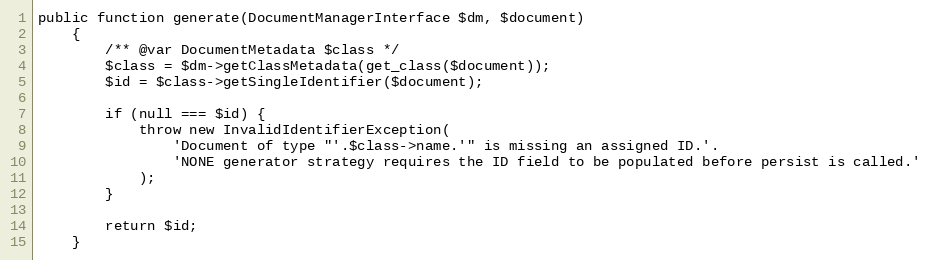
Language: PHP
public function generate(DocumentManagerInterface $dm, $document)
    {
        /** @var DocumentMetadata $class */
        $class = $dm->getClassMetadata(get_class($document));
        $id = $class->getSingleIdentifier($document);

        if (null === $id) {
            throw new InvalidIdentifierException(
                'Document of type "'.$class->name.'" is missing an assigned ID.'.
                'NONE generator strategy requires the ID field to be populated before persist is called.'
            );
        }

        return $id;
    }